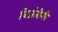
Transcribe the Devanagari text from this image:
बिजंतीनी